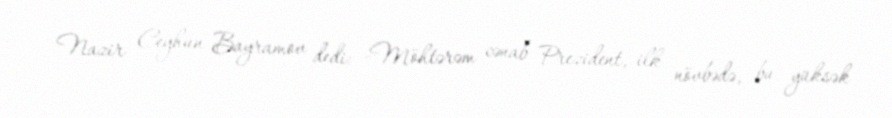
Nazir Ceyhun Bayramov dedi: -Möhtərəm cənab Prezident, ilk növbədə, bu yüksək